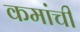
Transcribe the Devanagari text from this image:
कमांची